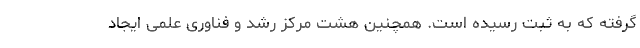
گرفته که به ثبت رسیده است. همچنین هشت مرکز رشد و فناوری علمی ایجاد